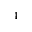
_ 4